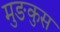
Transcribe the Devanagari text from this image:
मुङकुस